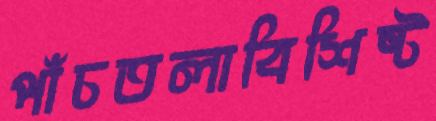
পাঁচতলাবিশিষ্ট